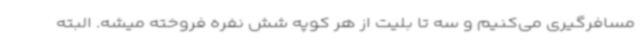
مسافرگیری می‌کنیم و سه تا بلیت از هر کوپه شش نفره فروخته میشه. البته